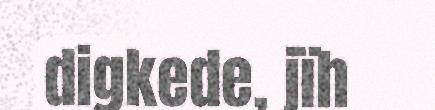
digkede, jïh